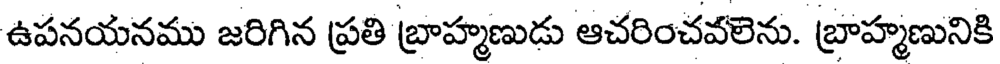
ఉపనయనము జరిగిన ప్రతి బ్రాహ్మణుడు ఆచరించవలెను. బ్రాహ్మణునికి